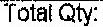
TOTAL QTY: